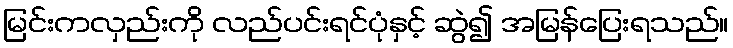
မြင်းကလှည်းကို လည်ပင်းရင်ပုံနှင့် ဆွဲ၍ အမြန်ပြေးရသည်။